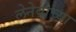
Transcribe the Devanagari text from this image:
लेनेवोच्या